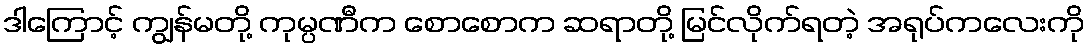
ဒါကြောင့် ကျွန်မတို့ ကုမ္ပဏီက စောစောက ဆရာတို့ မြင်လိုက်ရတဲ့ အရုပ်ကလေးကို